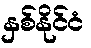
နှစ်နိုင်ငံ